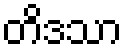
တိဒသာ